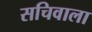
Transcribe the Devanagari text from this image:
सचिवाला